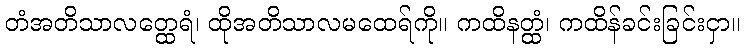
တံအတိသာလတ္ထေရံ၊ ထိုအတိသာလမထေရ်ကို။ ကထိနတ္ထံ၊ ကထိန်ခင်းခြင်းငှာ။